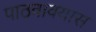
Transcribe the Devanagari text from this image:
पाठवावयास